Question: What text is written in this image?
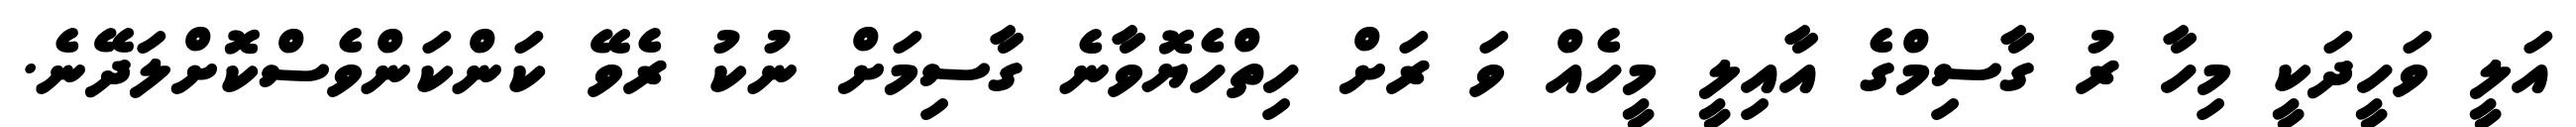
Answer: އަލީ ވަހީދަކީ މިހާ ރު ގާސިމްގެ އާއިލީ މީހެއް ވަ ރަށް ހިތްހެޔޮވާނެ ގާސިމަށް ނުކު ރެވޭ ކަންކަންވެސްކޮށްލަދޭނެ.